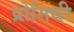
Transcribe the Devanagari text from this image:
प्रोमिथी